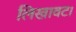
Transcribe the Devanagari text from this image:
लिखावट।